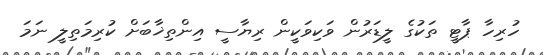
ހުރިހާ ޕާޓީ ތަކުގެ ލީޑަރުން ވަކިވަކީން ރިޔާސީ އިންތިޚާބަށް ކުރިމަތިލީ ނަމަ